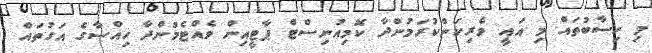
މި ހިސާބުތައް މި އައީ ވެރިކަންކުރަމުންދާ ކޮމިއުނިސްޓް ޕާޓީއިން ވެއްޓެމުންދާ ހިއްސާގެ އަގުތައް